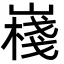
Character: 嶘